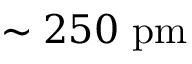
\sim 2 5 0 ~ \mathrm { p m }